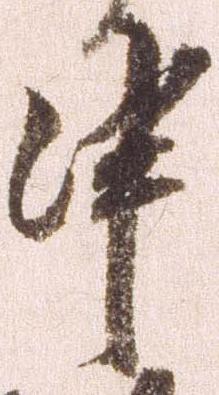
申